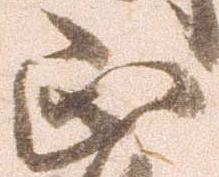
正